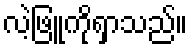
လဲ့ဖြူကိုရှာသည်။